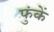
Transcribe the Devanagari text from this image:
फुंकें